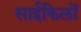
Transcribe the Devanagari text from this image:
साईकिलों